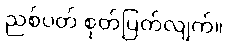
ညစ်ပတ် စုတ်ပြတ်လျက်။